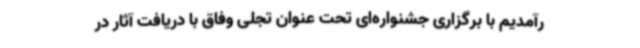
رآمدیم با برگزاری جشنواره‌ای تحت عنوان تجلی وفاق با دریافت آثار در